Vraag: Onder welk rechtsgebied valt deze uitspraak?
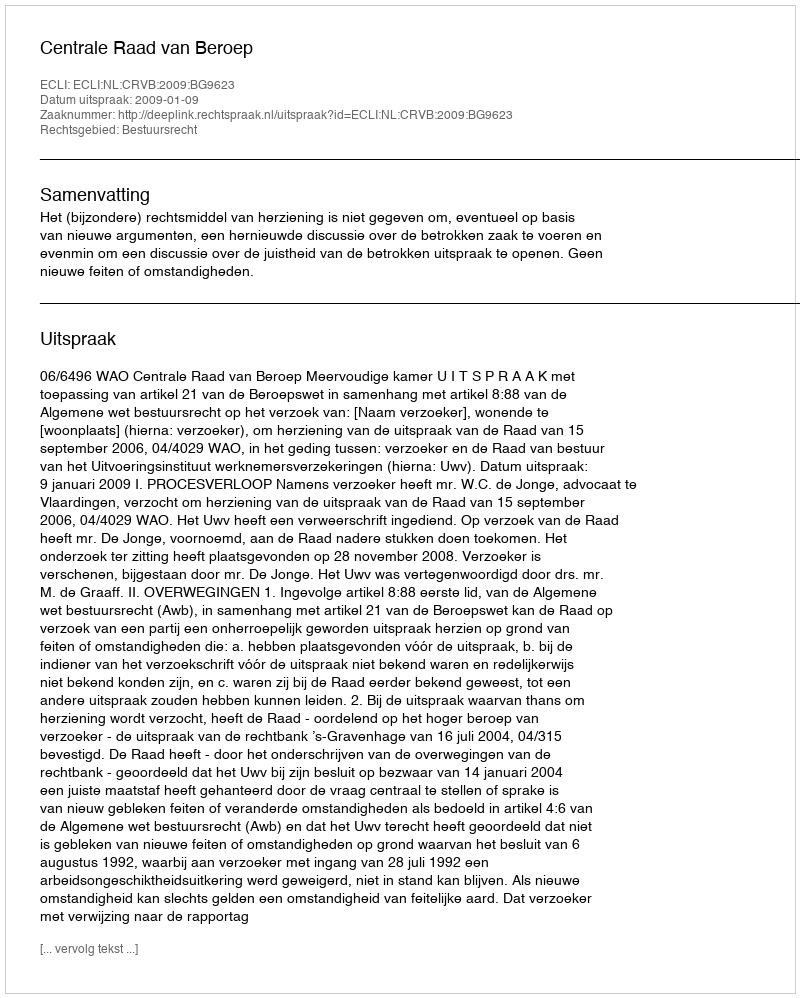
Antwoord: Bestuursrecht